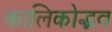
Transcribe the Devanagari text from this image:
कालिकोद्भव